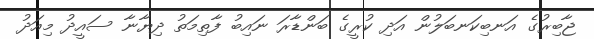
ޖާބިރުގެ އަނބިކަނބަލުން އަދި ކުރީގެ ބަންޑާރަ ނައިބު ފާތިމަތު ދިޔާނާ ސައީދު މިއަދު